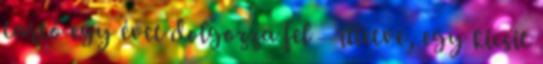
tartó egy évet dolgozza fel – illetve, egy kicsit